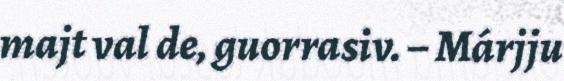
majt val de, guorrasiv. – Márjju